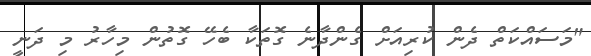
"މަސައްކަތް ދެން ކުރިއަށް ގެންދާނެ ގޮތަކާ ބެހޭ ގޮތުން މިހާރު މި ދަނީ